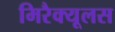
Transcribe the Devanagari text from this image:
मिरैक्यूलस